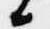
候